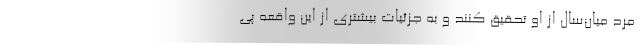
مرد میان‌سال از او تحقیق کنند و به جزئیات بیشتری از این واقعه پی